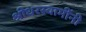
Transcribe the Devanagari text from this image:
श्रीधरस्वामींनी